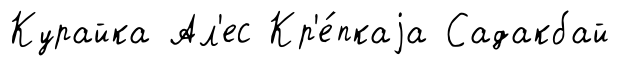
Курайка Ал'ес Кр'е́пкаjа Садакбай